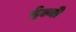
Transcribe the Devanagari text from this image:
ईल्बो